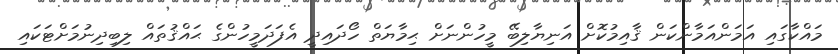
މައްކާގައި އަމަންއަމާންކަން ޤާއިމުކޮށް އަނިޔާލިބޭ މީހުންނަށް ޙިމާޔަތް ހޯދައިދީ އެފަދަމީހުންގެ ޙައްޤުތައް ލިބިދިނުމަށްޓަކައި